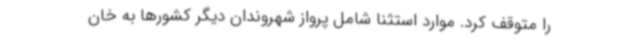
را متوقف کرد. موارد استثنا شامل پرواز شهروندان دیگر کشورها به خان